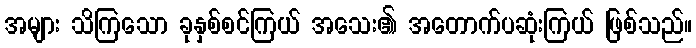
အများ သိကြသော ခုနှစ်စင်ကြယ် အသေး၏ အတောက်ပဆုံးကြယ် ဖြစ်သည်။